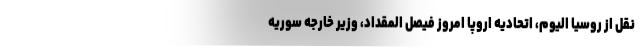
نقل از روسیا الیوم، اتحادیه اروپا امروز فیصل المقداد، وزیر خارجه سوریه